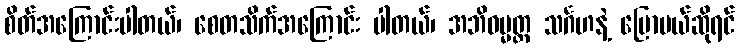
စိတ်အကြောင်းပါတယ်၊ စေတသိက်အကြောင်း ပါတယ်၊ အဘိဓမ္မတ္ထ သင်္ဂဟနဲ့ ပြောမယ်ဆိုရင်